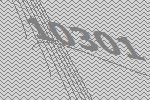
10301